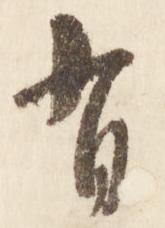
有